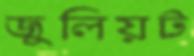
জুলিয়ট